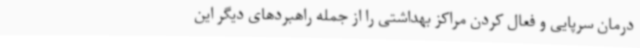
درمان سرپایی و فعال کردن مراکز بهداشتی را از جمله راهبردهای دیگر این